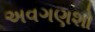
અવગણશો